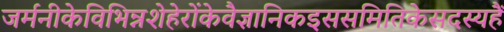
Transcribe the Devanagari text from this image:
जर्मनीकेविभिन्नशेहेरोंकेवैज्ञानिकइससमितिकेसदस्यहैं